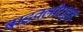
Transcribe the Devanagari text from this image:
बाइक्लोराइड